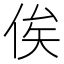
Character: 俟